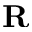
\textbf { R }